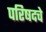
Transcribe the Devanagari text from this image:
परिषदचे